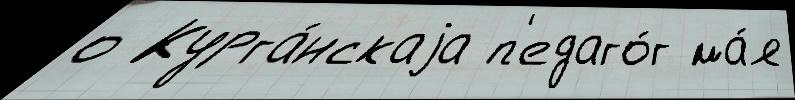
о Курга́нскаjа п'едаго́г ма́я